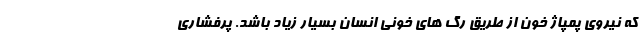
که نیروی پمپاژ خون از طریق رگ های خونی انسان بسیار زیاد باشد. پرفشاری